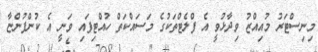
މިނިސްޓަރު މުއިއްޒު ވިދާޅުވީ އެ ފްލެޓްތަކުގެ މަސައްކަތް ހުއްޓިފައި ވަނީ އެ ކުންފުންޏާ